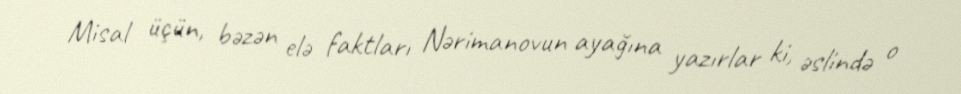
Misal üçün, bəzən elə faktları Nərimanovun ayağına yazırlar ki, əslində o